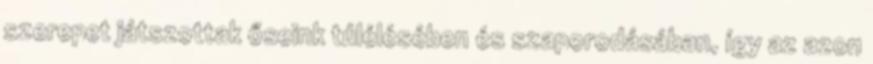
szerepet játszottak őseink túlélésében és szaporodásában, így az azon